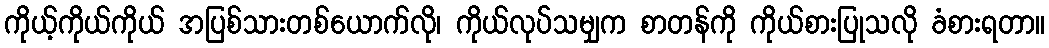
ကိုယ့်ကိုယ်ကိုယ် အပြစ်သားတစ်ယောက်လို၊ ကိုယ်လုပ်သမျှက စာတန်ကို ကိုယ်စားပြုသလို ခံစားရတာ။